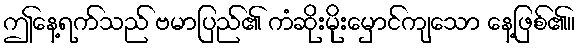
ဤနေ့ရက်သည် ဗမာပြည်၏ ကံဆိုးမိုးမှောင်ကျသော နေ့ဖြစ်၏။